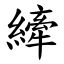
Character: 縴